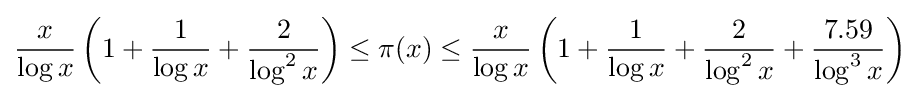
{\frac {x}{\log x}}\left(1+{\frac {1}{\log x}}+{\frac {2}{\log ^{2}x}}\right)\leq \pi (x)\leq {\frac {x}{\log x}}\left(1+{\frac {1}{\log x}}+{\frac {2}{\log ^{2}x}}+{\frac {7.59}{\log ^{3}x}}\right)